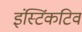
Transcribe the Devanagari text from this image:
इंस्टिंकटिव